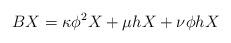
LaTeX: \begin{align*}BX=\kappa \phi ^{2}X+\mu hX+\nu \phi hX \end{align*}